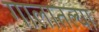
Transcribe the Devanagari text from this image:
गालातल्या